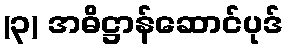
(၃) အဓိဋ္ဌာန်ဆောင်ပုဒ်